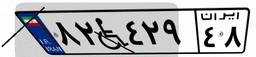
۸۲W۴۲۹۴۸